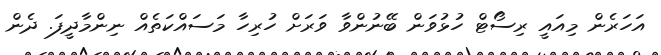
އަހަރެން މިއައީ ރިސޯޓް ހުޅުވަން ބޭނުންވާ ވަރަށް ހުރިހާ މަސައްކަތެއް ނިންމާދީފަ. ދެން